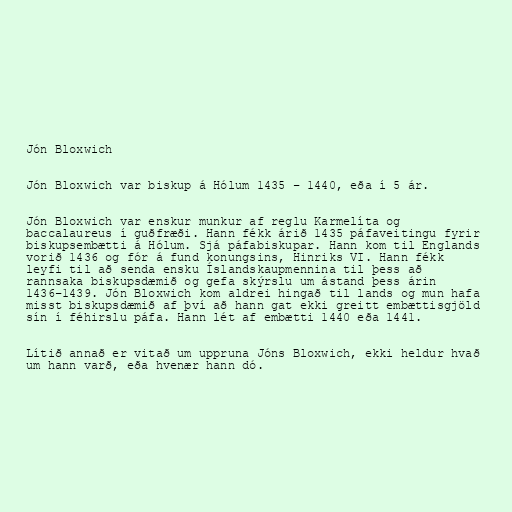
Jón Bloxwich

Jón Bloxwich var biskup á Hólum 1435 – 1440, eða í 5 ár.

Jón Bloxwich var enskur munkur af reglu Karmelíta og
baccalaureus í guðfræði. Hann fékk árið 1435 páfaveitingu fyrir
biskupsembætti á Hólum. Sjá páfabiskupar. Hann kom til Englands
vorið 1436 og fór á fund konungsins, Hinriks VI. Hann fékk
leyfi til að senda ensku Íslandskaupmennina til þess að
rannsaka biskupsdæmið og gefa skýrslu um ástand þess árin
1436–1439. Jón Bloxwich kom aldrei hingað til lands og mun hafa
misst biskupsdæmið af því að hann gat ekki greitt embættisgjöld
sín í féhirslu páfa. Hann lét af embætti 1440 eða 1441.

Lítið annað er vitað um uppruna Jóns Bloxwich, ekki heldur hvað
um hann varð, eða hvenær hann dó.